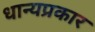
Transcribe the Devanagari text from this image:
धान्यप्रकार